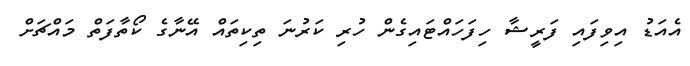
އެއަޑު އިވިފައި ފަރީޝާ ހިފަހައްޓައިގެން ހުރި ކަރުނަ ތިކިތައް އޭނާގެ ކޯތާފަތް މައްޗަށް